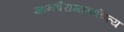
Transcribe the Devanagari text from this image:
ज्ञानवैराग्यमाश्रित्य